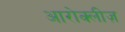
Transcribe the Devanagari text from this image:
आरोक्लीज़